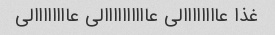
غذا عاااااااالی عاااااااااالی عاااااااالی